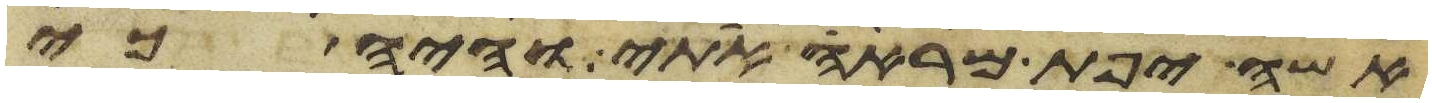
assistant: אשה יפת מראה אתי והיה כי